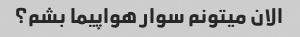
الان میتونم سوار هواپیما بشم؟